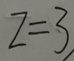
z = 3